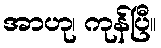
အာဟု၊ ကုန်ပြီ။